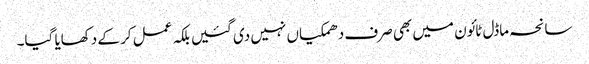
سانحہ ماڈل ٹائون میں بھی صرف دھمکیاں نہیں دی گئیں بلکہ عمل کر کے دکھایا گیا۔